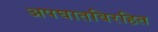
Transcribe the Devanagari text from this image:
अपघातविरहित